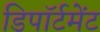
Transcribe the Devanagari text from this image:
डिपॉर्टमेंट